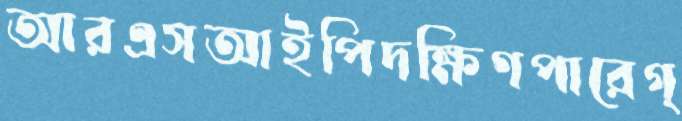
আরএসআইপিদক্ষিণপারেগ্